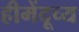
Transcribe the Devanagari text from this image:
हीमेंदूच्य